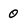
Character: 0